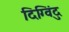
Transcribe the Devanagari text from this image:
दिग्विंदु